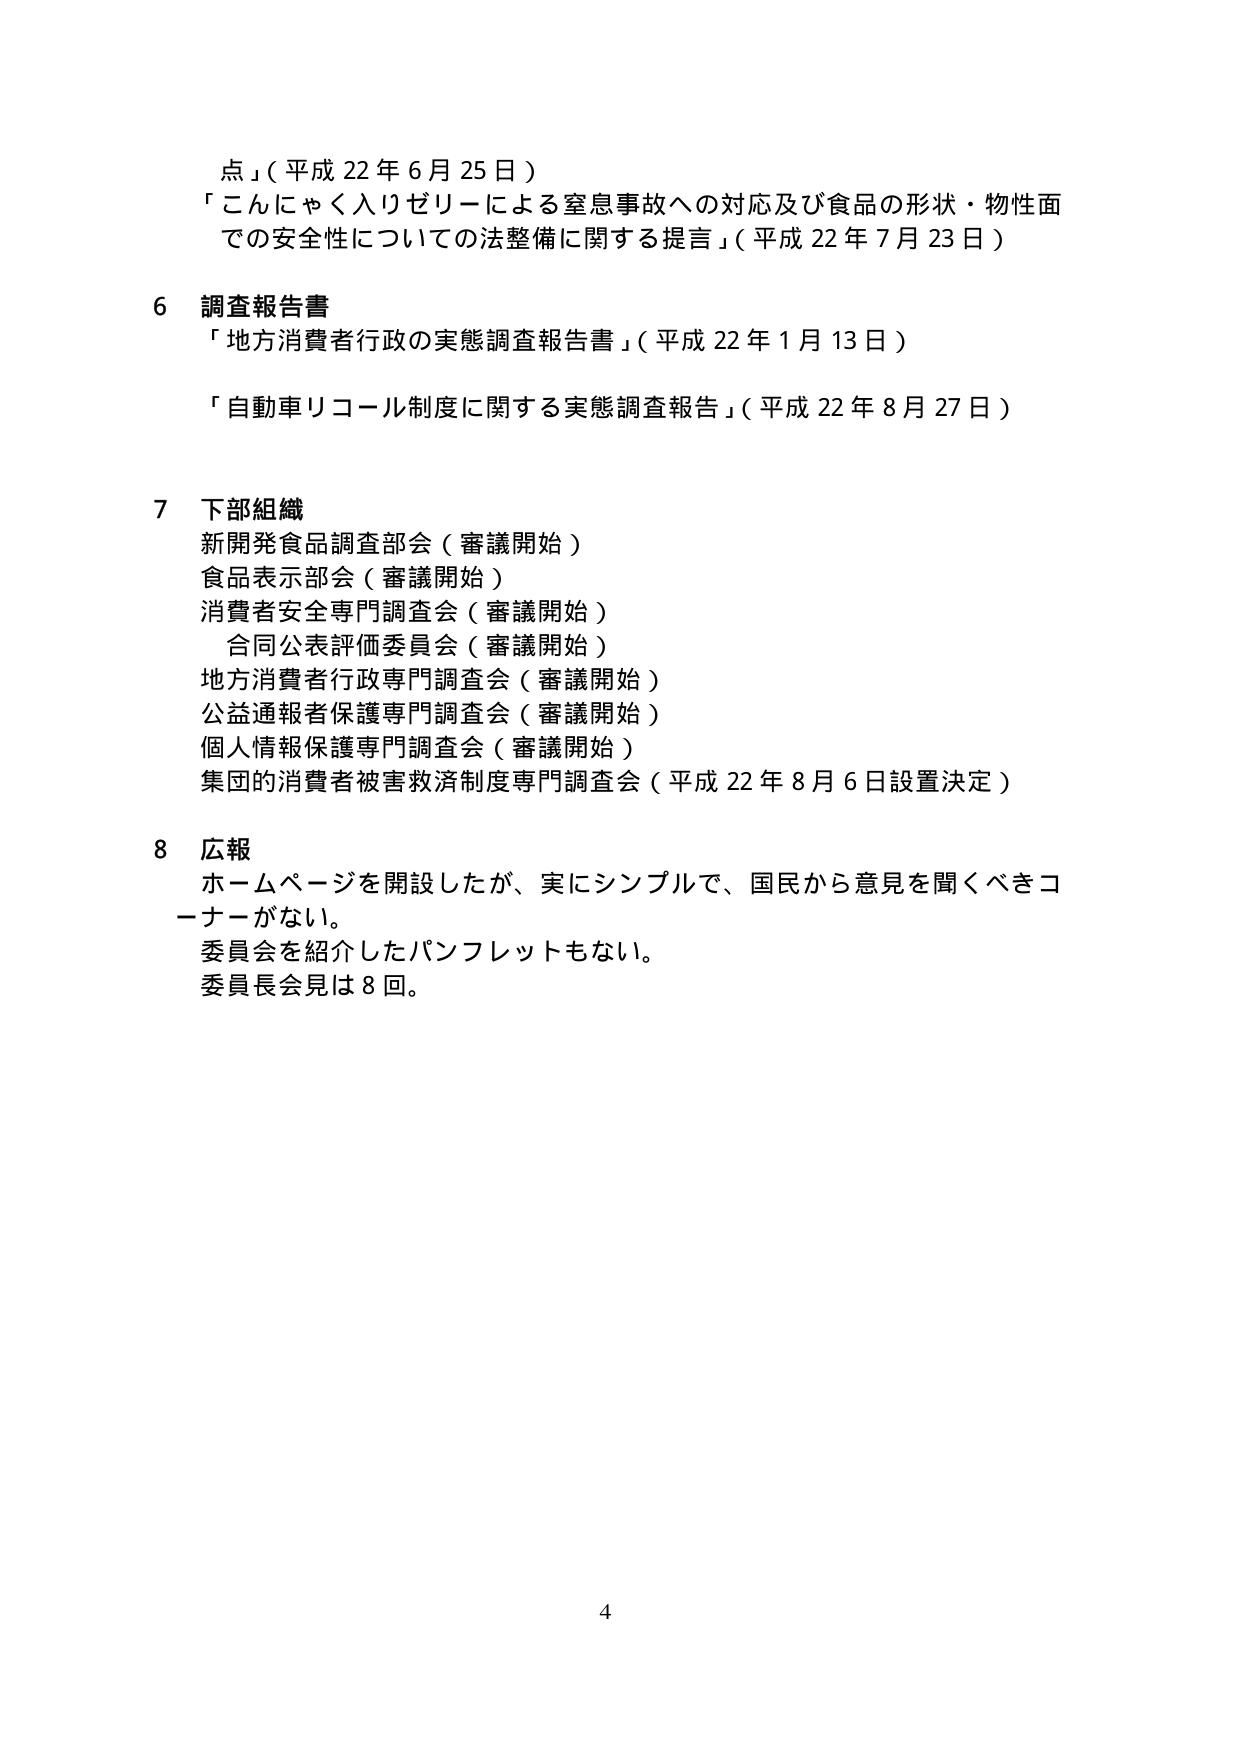
点」（平成22年6月25日）
「こんにゃく入りゼリーによる窒息事故への対応及び食品の形状・物性面での安全性についての法整備に関する提言」（平成22年7月23日）

6 調査報告書
「地方消費者行政の実態調査報告書」（平成22年1月13日）
「自動車リコール制度に関する実態調査報告」（平成22年8月27日）

7 下部組織
新開発食品調査部会（審議開始）
食品表示部会（審議開始）
消費者安全専門調査会（審議開始）
合同公表評価委員会（審議開始）
地方消費者行政専門調査会（審議開始）
公益通報者保護専門調査会（審議開始）
個人情報保護専門調査会（審議開始）
集団の消費者被害救済制度専門調査会（平成22年8月6日設置決定）

8 広報
ホームページを開設したが、実にシンプルで、国民から意見を聞くべきコーナーがない。
委員会を紹介したパンフレットもない。
委員長会見は8回。

4